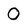
Character: O